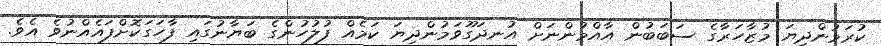
ކުރަމުންދިޔަ މުޒާހަރާގެ ސަބަބުން އާއްމުންނަށް އުނދަގޫވަމުންދިޔަ ކަމެއް ފުލުހުންގެ ބަޔާނުގައި ފާހަގަކޮށްފައެއްނުވެ އެވެ.